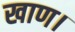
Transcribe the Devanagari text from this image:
खाण।